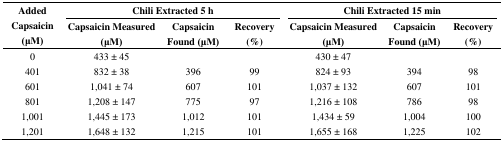
<table><thead><tr><td rowspan="3"><b>Added Capsaicin (μM)</b></td><td colspan="3"><b>Chili Extracted 5 h</b></td><td colspan="3"><b>Chili Extracted 15 min</b></td></tr><tr><td><b>Capsaicin Measured (μM)</b></td><td><b>Capsaicin Found (μM)</b></td><td><b>Recovery (%)</b></td><td><b>Capsaicin Measured (μM)</b></td><td><b>Capsaicin Found (μM)</b></td><td><b>Recovery (%)</b></td></tr></thead><tbody><tr><td>0</td><td>433 ± 45</td><td></td><td></td><td>430 ± 47</td><td></td><td></td></tr><tr><td>401</td><td>832 ± 38</td><td>396</td><td>99</td><td>824 ± 93</td><td>394</td><td>98</td></tr><tr><td>601</td><td>1,041 ± 74</td><td>607</td><td>101</td><td>1,037 ± 132</td><td>607</td><td>101</td></tr><tr><td>801</td><td>1,208 ± 147</td><td>775</td><td>97</td><td>1,216 ± 108</td><td>786</td><td>98</td></tr><tr><td>1,001</td><td>1,445 ± 173</td><td>1,012</td><td>101</td><td>1,434 ± 59</td><td>1,004</td><td>100</td></tr><tr><td>1,201</td><td>1,648 ± 132</td><td>1,215</td><td>101</td><td>1,655 ± 168</td><td>1,225</td><td>102</td></tr></tbody></table>